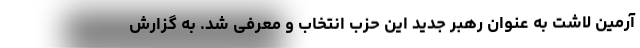
آرمین لاشت به عنوان رهبر جدید این حزب انتخاب و معرفی شد. به گزارش